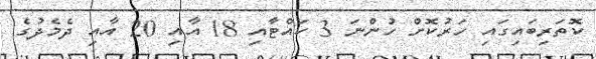
ކޮތަރިބައިގައި ހަރުކޮށް ހުންނަ 3 ކައްޓާއި 18 އާއި 20 އާއި ދެމެދުގެ